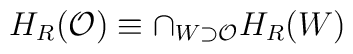
H_{R}(\mathcal{O})\equiv \cap _{W\supset \mathcal{O}}H_{R}(W)